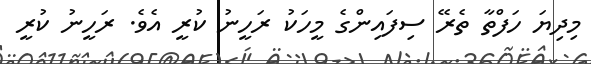
މިދިޔަ ހަފްތާ ތެރޭ ސިފައިންގެ މީހަކު ރަހީނު ކުރީ އެވެ. ރަހީނު ކުރީ